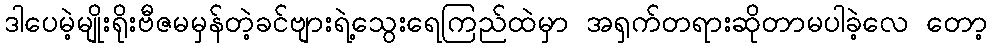
ဒါပေမဲ့မျိုးရိုးဗီဇမမှန်တဲ့ခင်ဗျားရဲ့သွေးရေကြည်ထဲမှာ အရှက်တရားဆိုတာမပါခဲ့လေ တော့